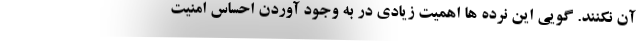
آن نکنند. گویی این نرده ها اهمیت زیادی در به وجود آوردن احساس امنیت